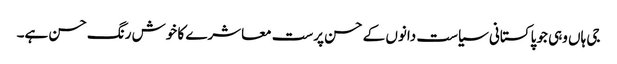
جی ہاں وہی جو پاکستانی سیاست دانوں کے حسن پرست معاشرے کا خوش رنگ حسن ہے۔